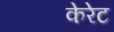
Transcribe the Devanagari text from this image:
केरेट